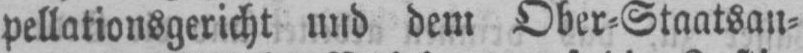
pellationsgericht und dem Ober⸗Staatsan⸗